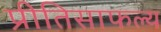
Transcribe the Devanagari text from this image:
प्रीतिसाफल्य